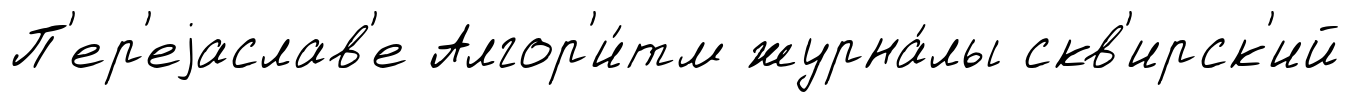
П'ер'еjаслав'е Алгор'и́тм журна́лы скв'ирск'ий